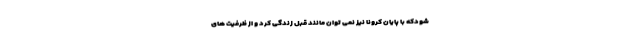
شودکه با پایان کرونا نیز نمی توان مانند قبل زندگی کرد و از ظرفیت های